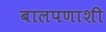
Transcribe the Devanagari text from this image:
बालपणाशी